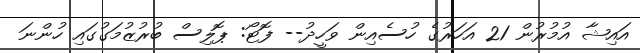
އައިޝާ އުމުރުން 21 އަހަރުގެ ހުސެއިން ވަހީދު-- ފޮޓޯ: ޕޮލިސް ބުރުޒުމަގުގައި ހުންނަ